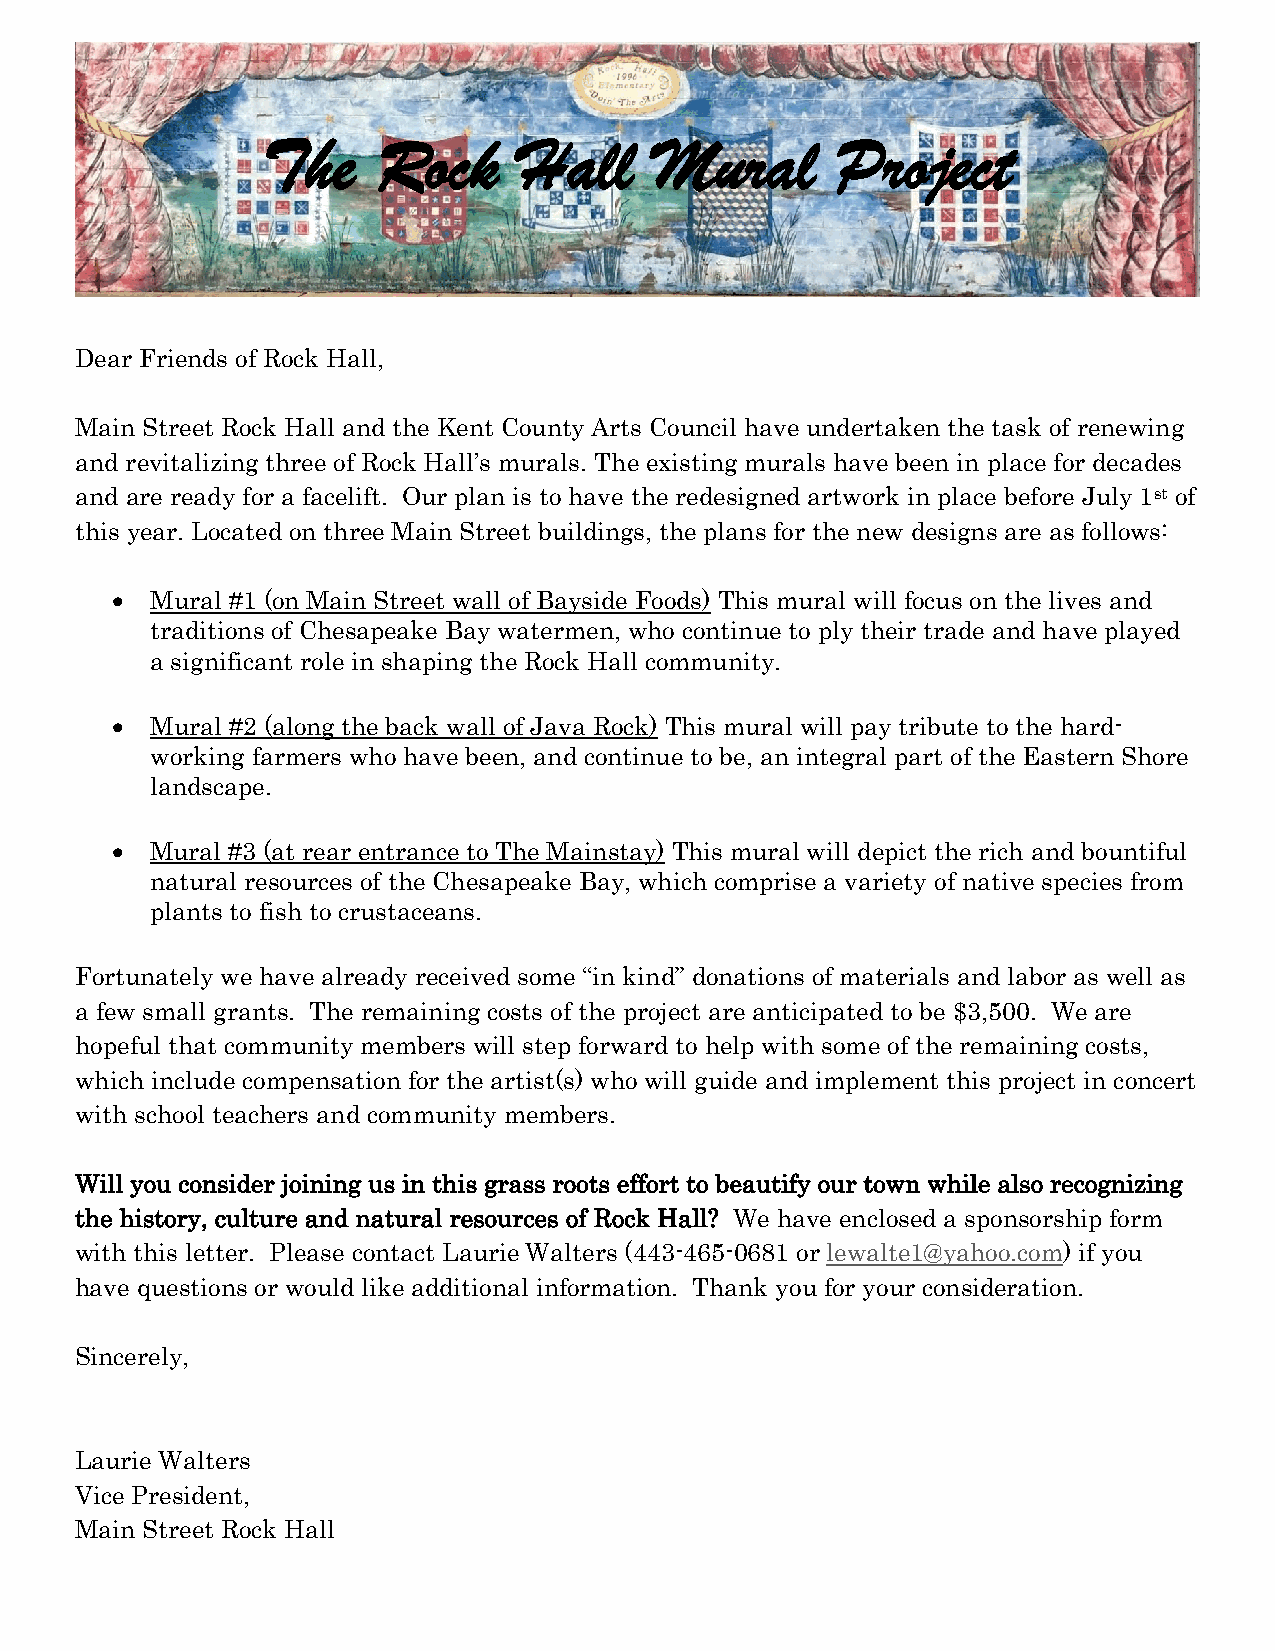
The     Rock     Hall     Mural       Project
 Dear Friends of Rock Hall,
 Main Street Rock Hall and the Kent County Arts Council have undertaken the task of renewing
 and revitalizing three of Rock Hall’s murals. The existing murals have been in place for decades
 and are ready for a facelift. Our plan is to have the redesigned artwork in place before July 1st of
 this year. Located on three Main Street buildings, the plans for the new designs are as follows:
   Mural #1 (on Main Street wall of Bayside Foods) This mural will focus on the lives and
 traditions of Chesapeake Bay watermen, who continue to ply their trade and have played
 a significant role in shaping the Rock Hall community.
   Mural #2 (along the back wall of Java Rock) This mural will pay tribute to the hard-
 working farmers who have been, and continue to be, an integral part of the Eastern Shore
 landscape.
   Mural #3 (at rear entrance to The Mainstay) This mural will depict the rich and bountiful
 natural resources of the Chesapeake Bay, which comprise a variety of native species from
 plants to fish to crustaceans.
 Fortunately we have already received some “in kind” donations of materials and labor as well as
 a few small grants. The remaining costs of the project are anticipated to be $3,500. We are
 hopeful that community members will step forward to help with some of the remaining costs,
 which include compensation for the artist(s) who will guide and implement this project in concert
 with school teachers and community members.
 Will you consider joining us in this grass roots effort to beautify our town while also recognizing
 the history, culture and natural resources of Rock Hall? We have enclosed a sponsorship form
 with this letter. Please contact Laurie Walters (443-465-0681 or lewalte1@yahoo.com) if you
 have questions or would like additional information. Thank you for your consideration.
 Sincerely,
 Laurie Walters
 Vice President,
 Main Street Rock Hall